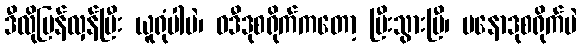
ဒီလိုပြန်လှန်ပြီး ယူရုံပါပဲ၊ ဝဒီဒုစရိုက်ကတော့ ပြီးသွားပြီ၊ မနောဒုစရိုက်ပဲ